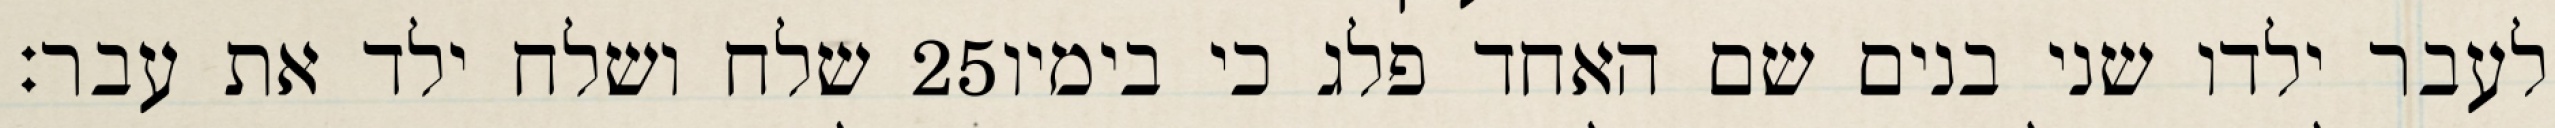
שלח ושלח ילד את עבר׃ ‎25‏ לעבר ילדו שני בנים שם האחד פלג כי בימיו